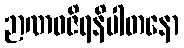
ဉာဏဝဇိရနိပါတနော